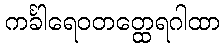
ကင်္ခါရေဝတတ္ထေရဂါထာ